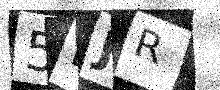
Text: 5DJR